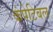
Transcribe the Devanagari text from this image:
कंपेटिबल